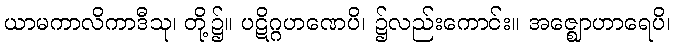
ယာမကာလိကာဒီသု၊ တို့၌။ ပဋိဂ္ဂဟဏေပိ၊ ၌လည်းကောင်း။ အဇ္ဈောဟာရေပိ၊